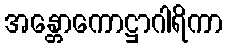
အန္တောကောဋ္ဌာဂါရိကာ